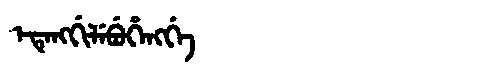
Manchu: ᡝᡨᡝᠩᡤᡳᠯᡝᠪᡠᡥᡝᠩᡤᡝ
Romanization: ETENGGILEBUHENGGE